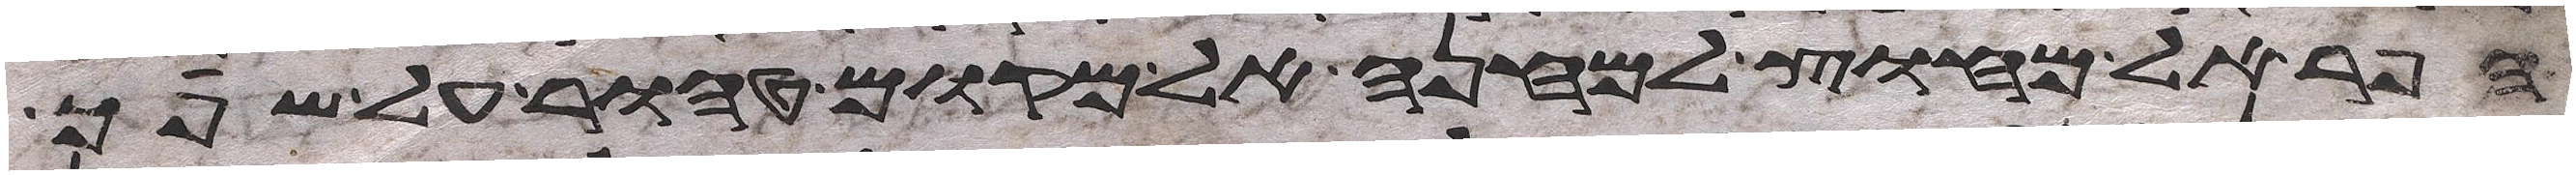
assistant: הפר אל מחוץ למחנה אל מקום טהור על שפך